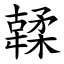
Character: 䂋